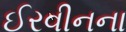
ઈરવીનના